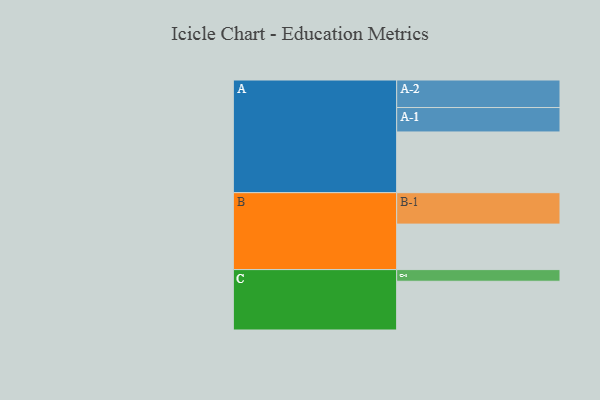
{"axis": {"x": "Segment", "y": "Value"}, "legend": ["", "A", "B", "C"], "data": [{"x": "A", "y": 547, "type": ""}, {"x": "B", "y": 410, "type": ""}, {"x": "C", "y": 439, "type": ""}, {"x": "A-1", "y": 220, "type": "A"}, {"x": "A-2", "y": 248, "type": "A"}, {"x": "B-1", "y": 283, "type": "B"}, {"x": "C-1", "y": 105, "type": "C"}]}